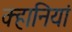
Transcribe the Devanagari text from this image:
क्हानियां